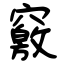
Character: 竅